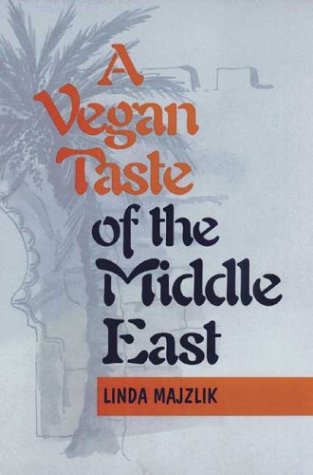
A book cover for A Vegan Taste of the Middle East (Vegan Cookbooks); Linda Majzlik; Health, Fitness & Dieting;